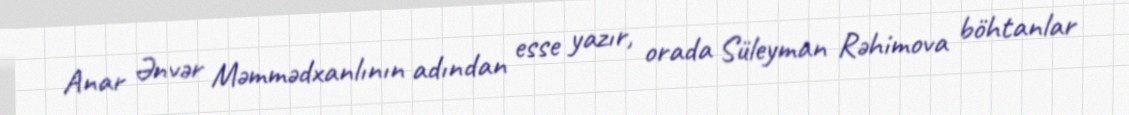
Anar Ənvər Məmmədxanlının adından esse yazır, orada Süleyman Rəhimova böhtanlar